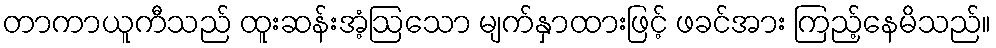
တာကာယူကီသည် ထူးဆန်းအံ့ဩသော မျက်နှာထားဖြင့် ဖခင်အား ကြည့်နေမိသည်။